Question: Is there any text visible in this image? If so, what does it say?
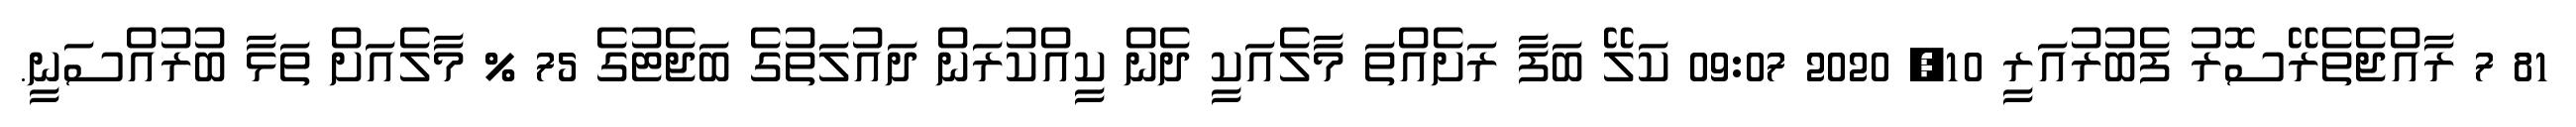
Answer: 81 7 ރާއްޖެތެރޭސޮރު ފެބުރުއަރީ 10, 2020 09:07 ކަލޭ ބަފާ ރަށެއްތަ މާލެއަކީ ދެން ކީއްކުރަން ދައުލަތުގެ ބަޖެޓުގެ 75 % މާލެއަށް ތަޅާ ބުރުއްސަނީ.